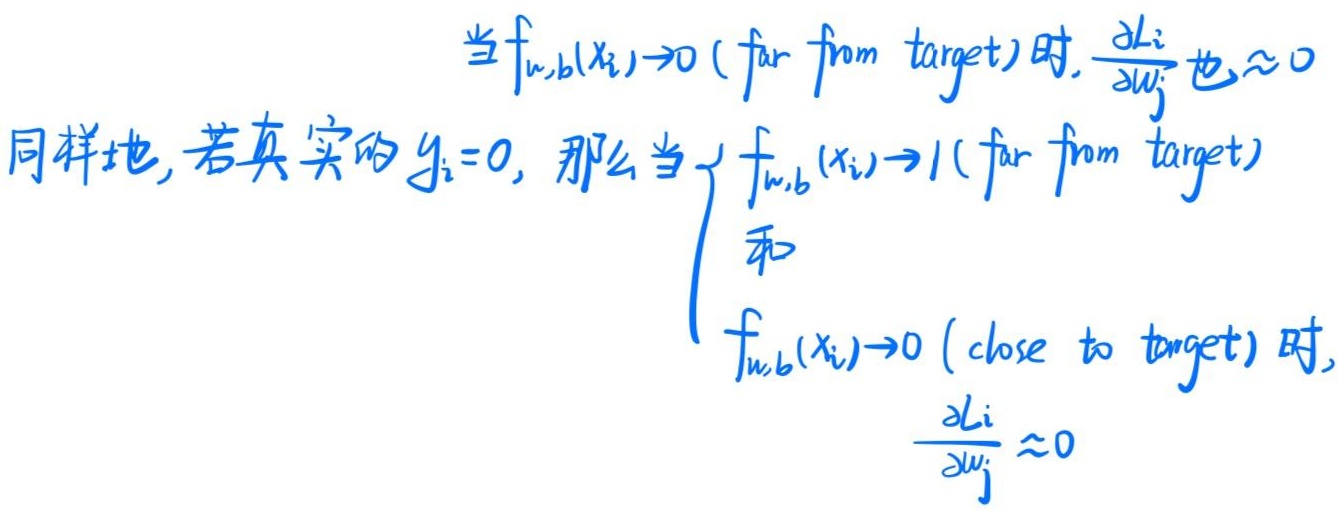
当$f_{w,b}(x_i) \to 0$（far from target）时，$\frac{\partial L_i}{\partial w_j}$ 也$\approx 0$。同样地，若真实的 $y_i = 0$，那么当 $\begin{cases}f_{w,b}(x_i) \to 1 \text{ (far from target)}\\\text{和}\\f_{w,b}(x_i) \to 0 \text{ (close to target)}\end{cases}$ 时，$\frac{\partial L_i}{\partial w_j} \approx 0$